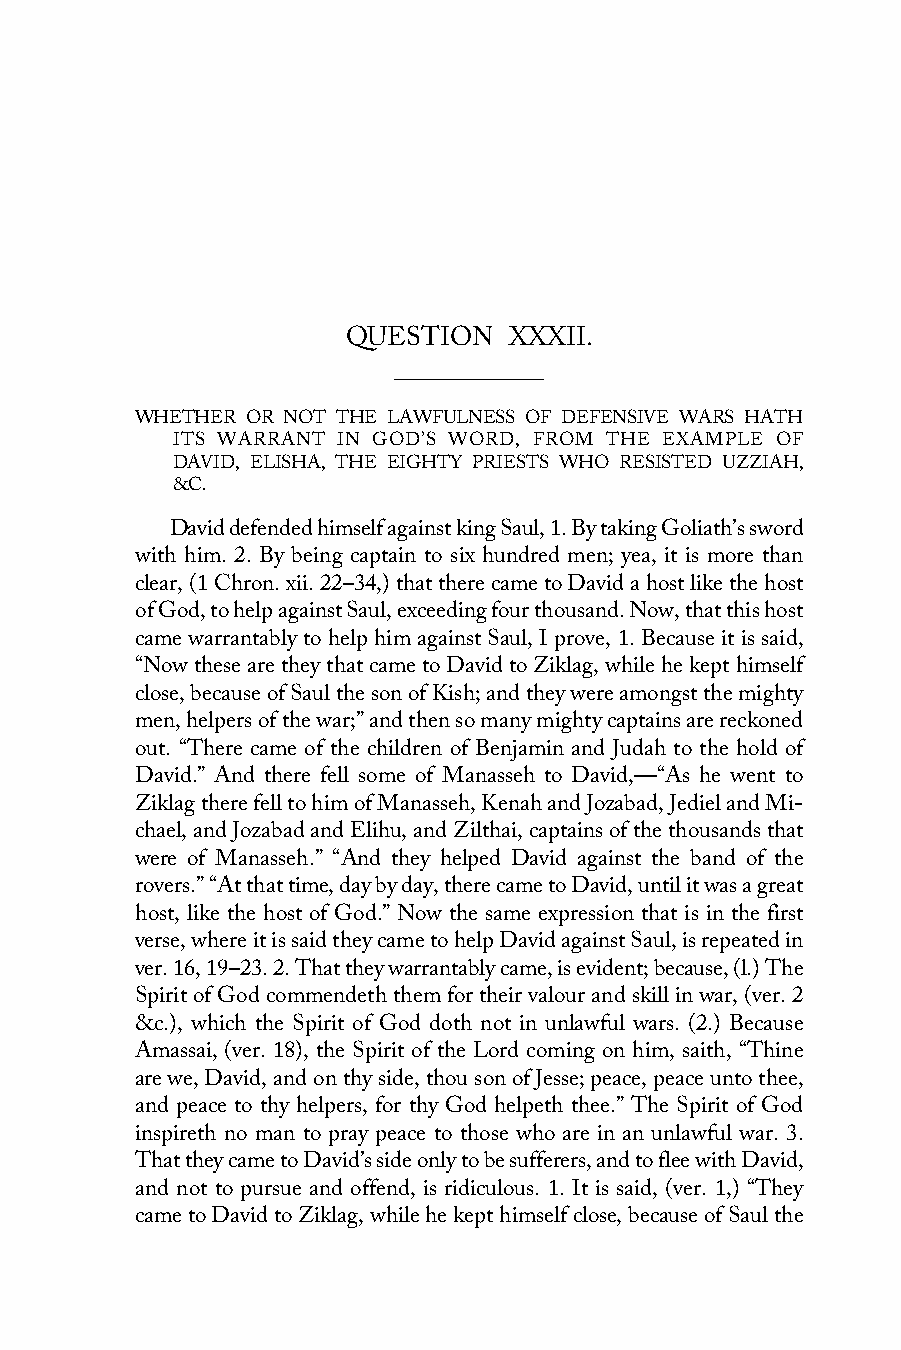
QUESTION   XXXII.
 WHETHER OR NOT THE LAWFULNESS OF DEFENSIVE WARS HATH
 ITS WARRANT IN GOD’S WORD, FROM THE EXAMPLE OF
 DAVID, ELISHA, THE EIGHTY PRIESTS WHO RESISTED UZZIAH,
 &C.
 David defended himself against king Saul, 1. By taking Goliath’s sword
 with him. 2. By being captain to six hundred men; yea, it is more than
 clear, (1 Chron. xii. 22–34,) that there came to David a host like the host
 of God, to help against Saul, exceeding four thousand. Now, that this host
 came warrantably to help him against Saul, I prove, 1. Because it is said,
 “Now these are they that came to David to Ziklag, while he kept himself
 close, because of Saul the son of Kish; and they were amongst the mighty
 men, helpers of the war;” and then so many mighty captains are reckoned
 out. “There came of the children of Benjamin and Judah to the hold of
 David.” And there fell some of Manasseh to David,—“As he went to
 Ziklag there fell to him of Manasseh, Kenah and Jozabad, Jediel and Mi-
 chael, and Jozabad and Elihu, and Zilthai, captains of the thousands that
 were of Manasseh.” “And they helped David against the band of the
 rovers.” “At that time, day by day, there came to David, until it was a great
 host, like the host of God.” Now the same expression that is in the first
 verse, where it is said they came to help David against Saul, is repeated in
 ver. 16, 19–23. 2. That they warrantably came, is evident; because, (l.) The
 Spirit of God commendeth them for their valour and skill in war, (ver. 2
 &c.), which the Spirit of God doth not in unlawful wars. (2.) Because
 Amassai, (ver. 18), the Spirit of the Lord coming on him, saith, “Thine
 are we, David, and on thy side, thou son of Jesse; peace, peace unto thee,
 and peace to thy helpers, for thy God helpeth thee.” The Spirit of God
 inspireth no man to pray peace to those who are in an unlawful war. 3.
 That they came to David’s side only to be sufferers, and to flee with David,
 and not to pursue and offend, is ridiculous. 1. It is said, (ver. 1,) “They
 came to David to Ziklag, while he kept himself close, because of Saul the